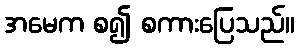
အမေက စ၍ စကားပြေသည်။